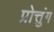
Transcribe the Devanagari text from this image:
प्रोत्तुंग